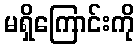
မရှိကြောင်းကို